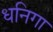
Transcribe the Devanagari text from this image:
धनिगा